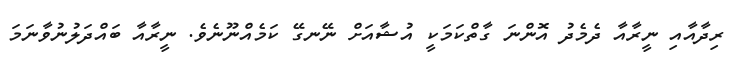
ރިދާއާއި ނީރާއާ ދެމެދު އޮންނަ ގާތްކަމަކީ އުޝާއަށް ނޭނގޭ ކަމެއްނޫނެވެ. ނީރާއާ ބައްދަލުނުވާނަމަ